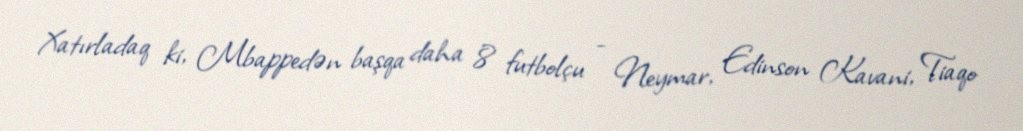
Xatırladaq ki, Mbappedən başqa daha 8 futbolçu - Neymar, Edinson Kavani, Tiaqo